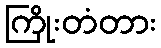
ကြိုးတံတား